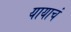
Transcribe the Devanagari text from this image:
यायाचं